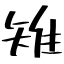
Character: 雉